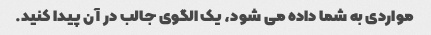
مواردی به شما داده می شود، یک الگوی جالب در آن پیدا کنید.